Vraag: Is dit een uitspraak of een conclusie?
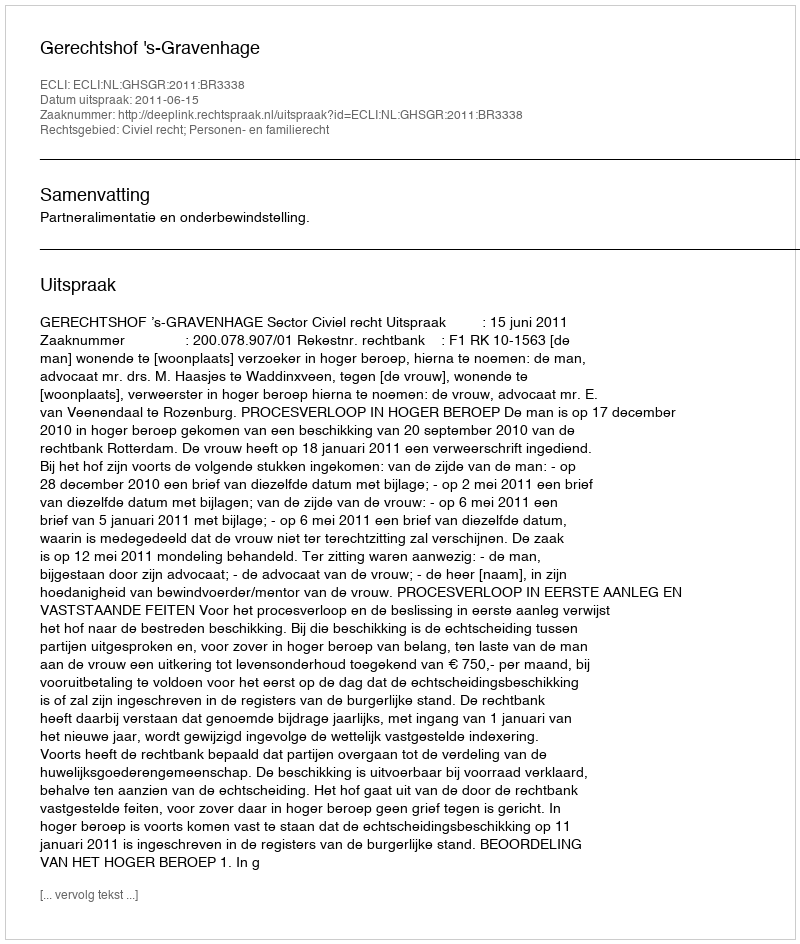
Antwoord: Uitspraak